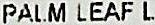
PALM LEAF L